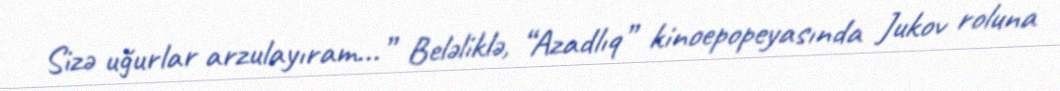
Sizə uğurlar arzulayıram...” Beləliklə, “Azadlıq” kinoepopeyasında Jukov roluna